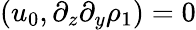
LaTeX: (u_{0},\partial_{z}\partial_{y}\rho_{1})=0